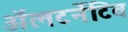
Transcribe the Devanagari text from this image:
ॲलटर्नेटिव